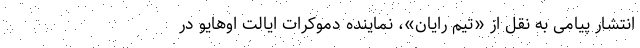
انتشار پیامی به نقل از «تیم رایان»، نماینده دموکرات ایالت اوهایو در